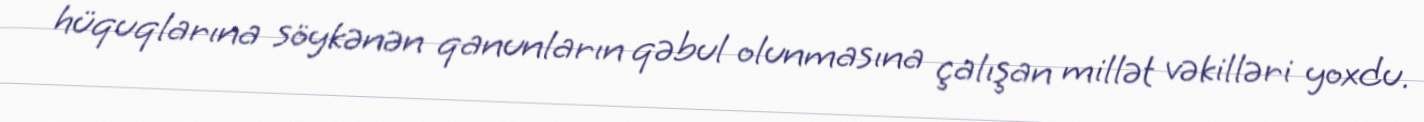
hüquqlarına söykənən qanunların qəbul olunmasına çalışan millət vəkilləri yoxdu.